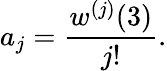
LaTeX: a_{j}=\frac{w^{(j)}(3)}{j!}.